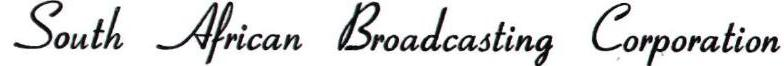
South African Broadcasting Corporation